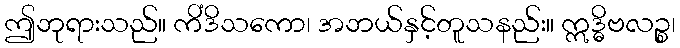
ဤဘုရားသည်။ ကိံဒိသကော၊ အဘယ်နှင့်တူသနည်း။ ဣဒ္ဓိဗလဉ္စ၊